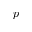
p